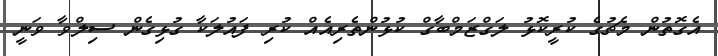
އެގޮތުން މެޗުގެ ކުރީކޮޅު ލަގްޒަމްބާގް ކުޅުންތެރިއެއް ކުރި ފައުލަކާ ގުޅިގެން ސިލްވާ ވަނީ